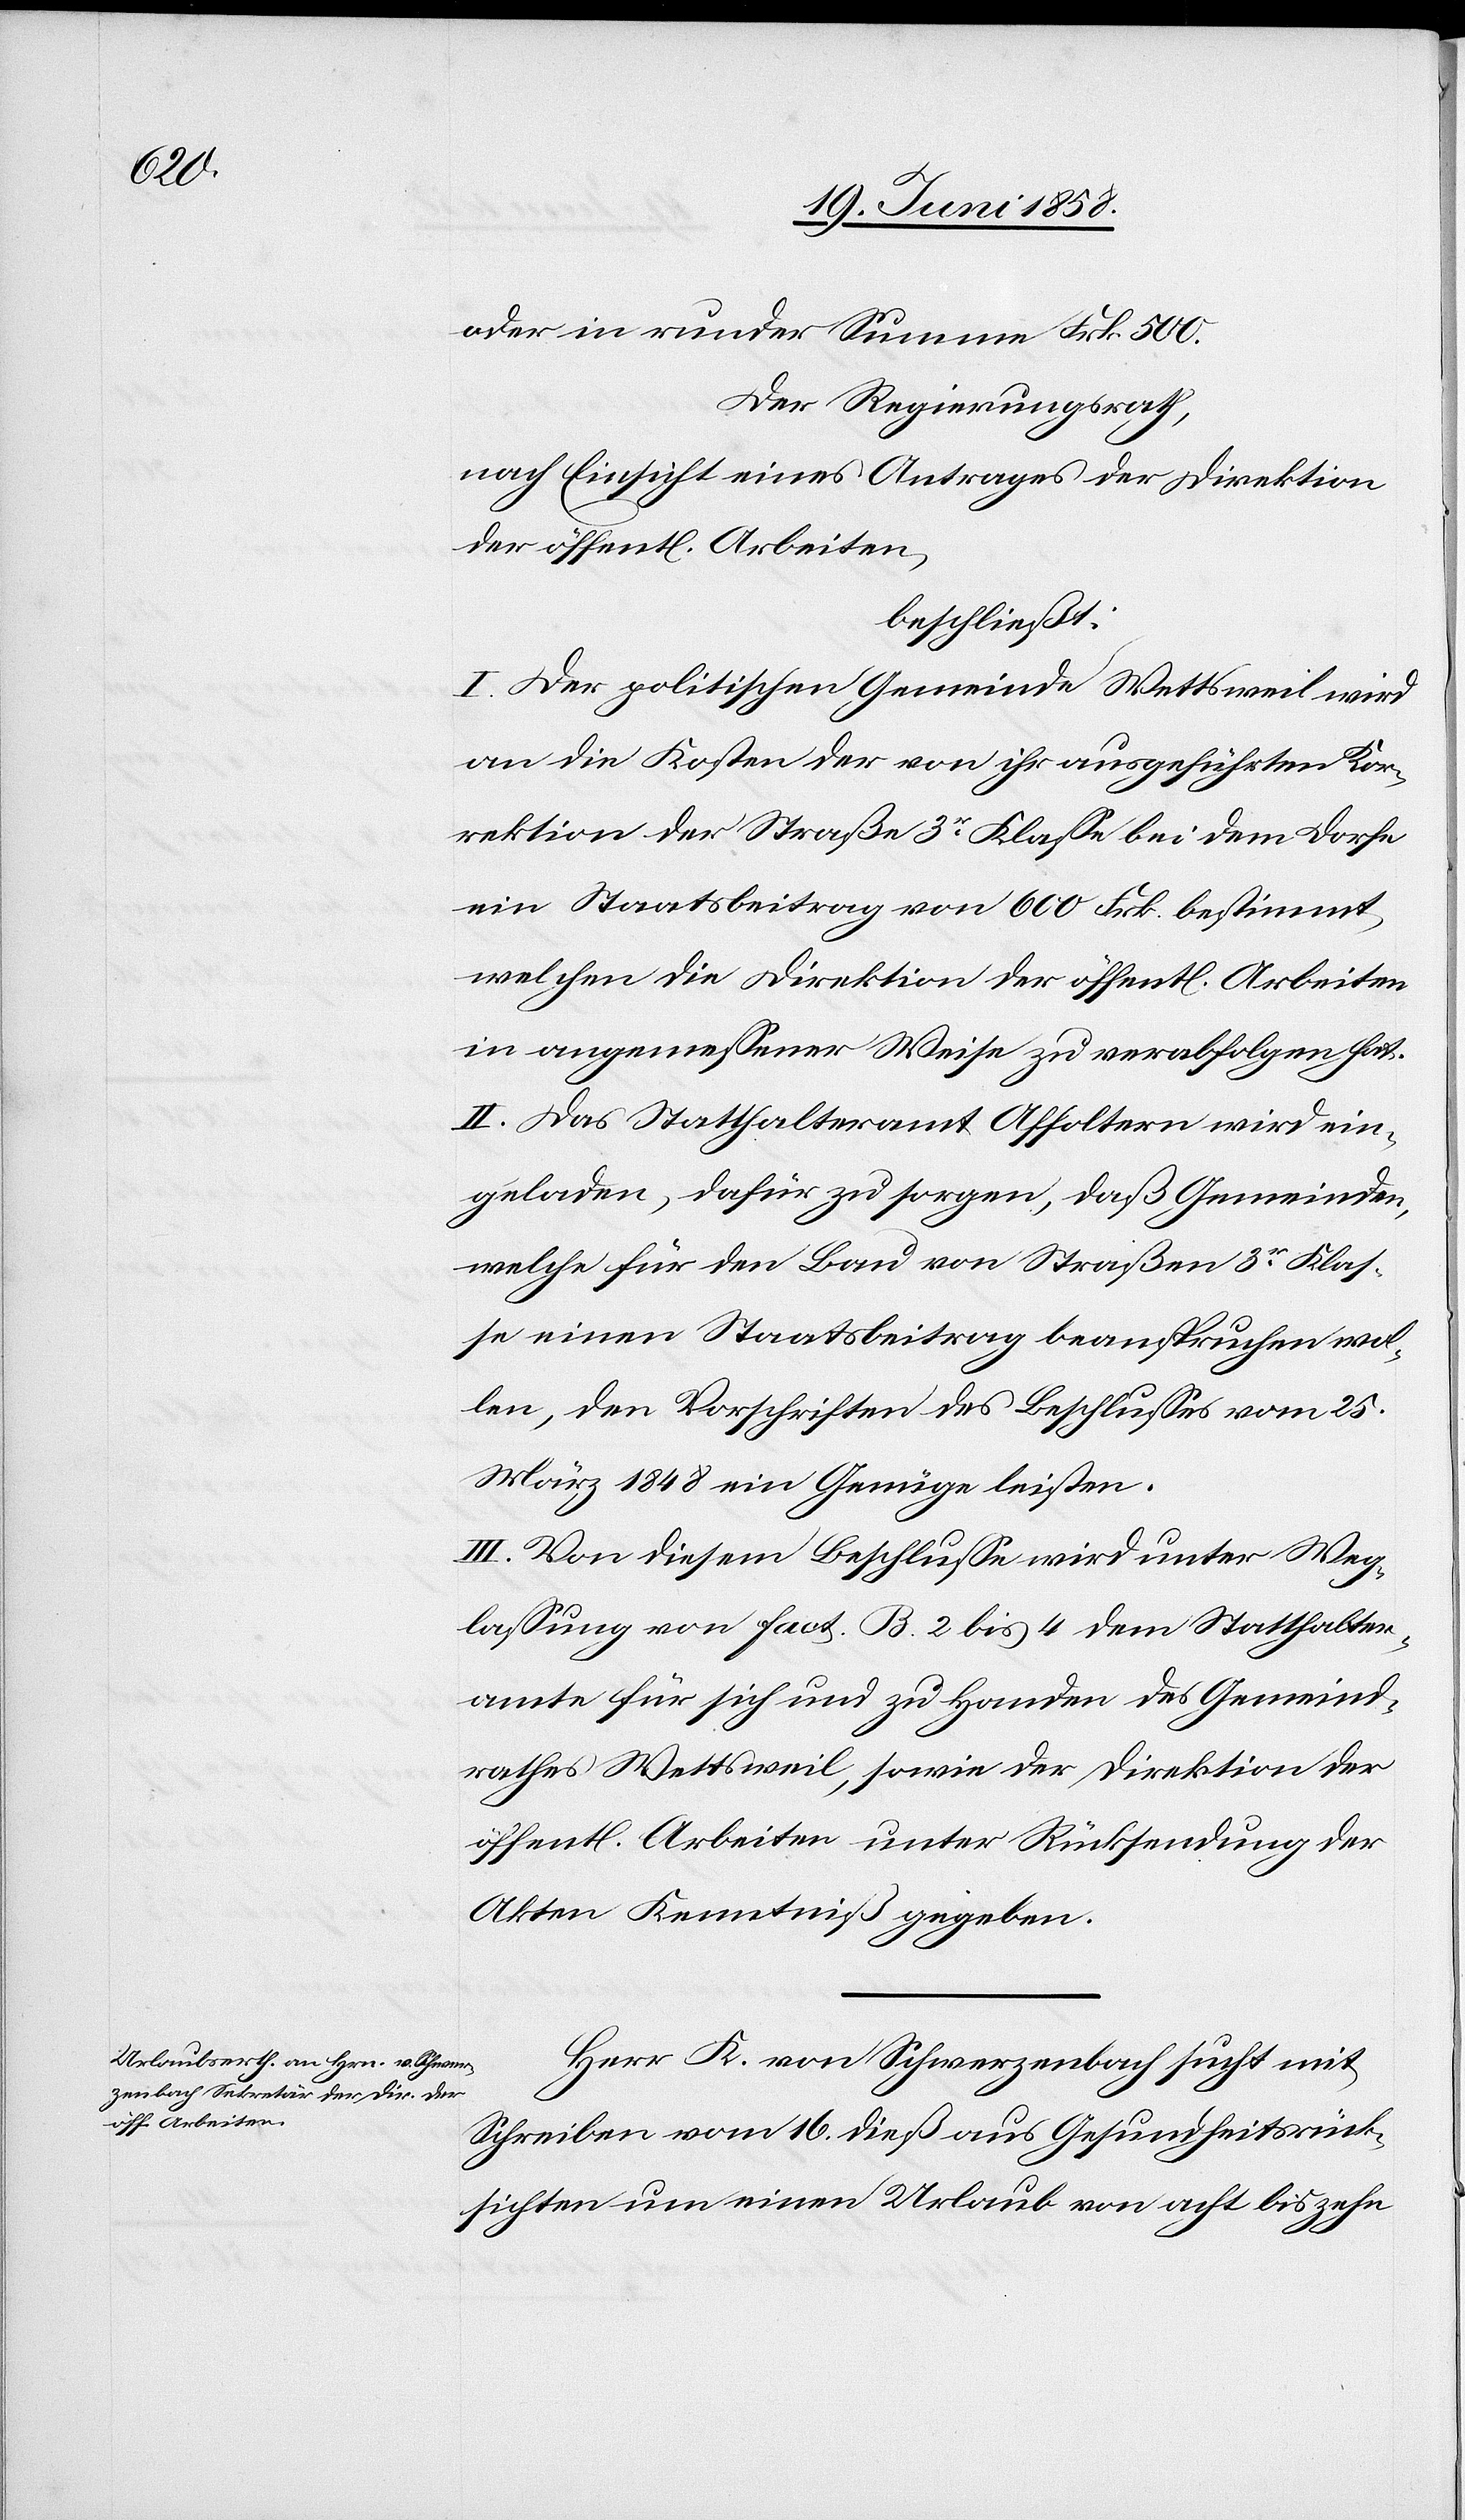
oder in runder Summe Frk. 500.
Der Regierungsrath,
nach Einsicht eines Antrages der Direktion
beschließt:
I. Der politischen Gemeinde Wettsweil wird
an die Kosten der von ihr ausgeführten Kor¬
rektion der Straße 3r Klasse bei dem Dorfe
ein Staatsbeitrag von 600 Frk. bestimmt,
welchen die Direktion der öffent[lichen] Arbeiten
in angemessener Weise zu verabfolgen hat.
II. Das Statthalteramt Affoltern wird ein¬
geladen, dafür zu sorgen, daß Gemeinden,
welche für den Bau von Straßen 3r Klas¬
se einen Staatsbeitrag beanspruchen wol¬
len, den Vorschriften des Beschlusses vom 25.
März 1848 ein Genüge leisten.
III. Von diesem Beschlusse wird unter Weg¬
lassung von Fact. B. 2 bis 4 dem Statthalter¬
amte für sich und zu Handen des Gemeind¬
rathes Wettsweil, sowie der Direktion der
öffent[lichen] Arbeiten unter Rücksendung der
Akten Kenntniß gegeben.
Herr K. von Schwerzenbach sucht mit
Schreiben vom 16. dieß aus Gesundheitsrück¬
sichten um einen Urlaub von acht bis zehn